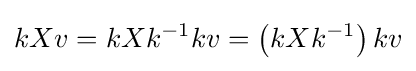
kXv=kXk^{-1}kv=\left(kXk^{-1}\right)kv